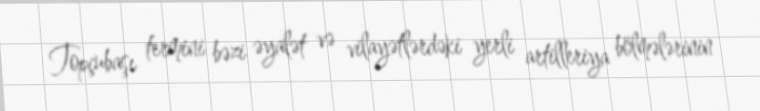
Topçubaşı termini bəzi əyalət və vilayətlərdəki yerli artilleriya bölmələrinin